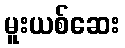
မူးယစ်ဆေး